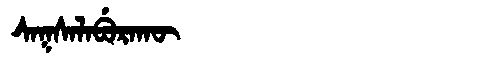
Manchu: ᠰᠠᡴᠰᠠᠯᠠᠪᡠᡵᠠᡴᡡ
Romanization: SAKSALABURAKŪ